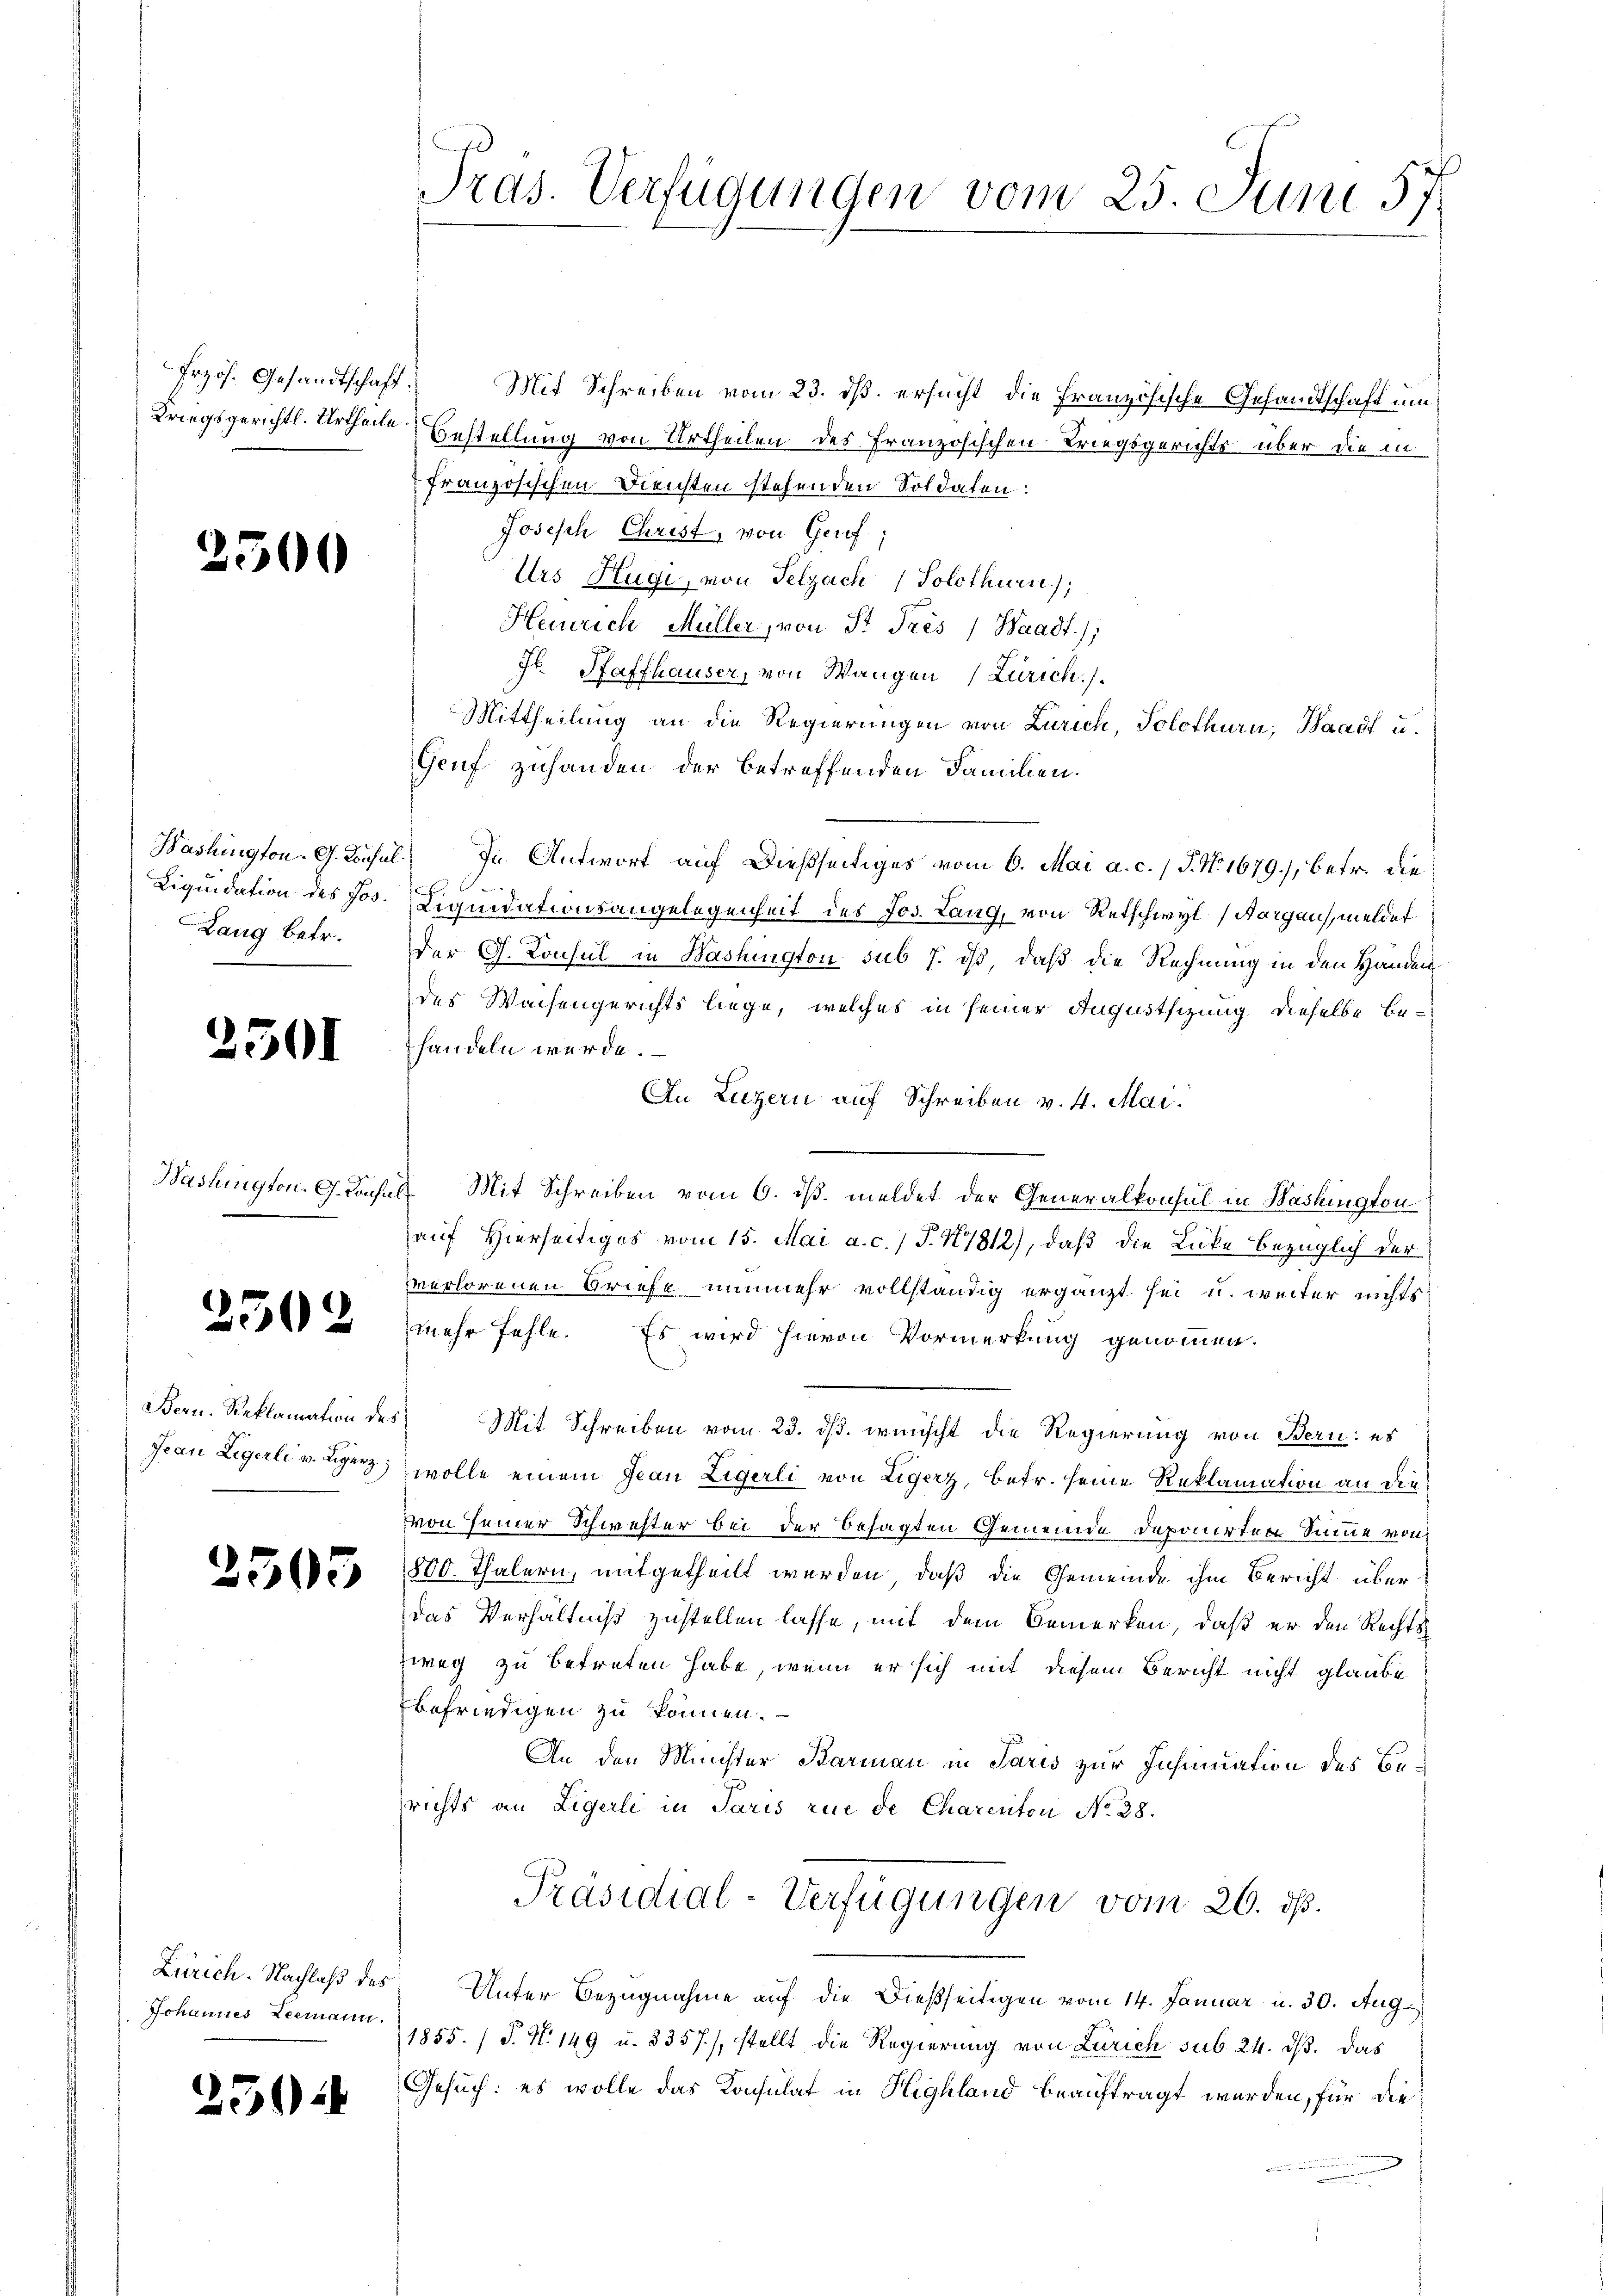
Frzös. Gesandtschaft:

2500

Lang betr.

2501

Johannes Leemann.

2504

Mit Schreiben vom 23. dß ersucht die Französische Gesamtschaft um
Kriegsgerichtl. Urtheile Bestellung von Urtheilen des Französischen Kriegsgerichts über die in
französischen Diensten stehenden Soldaten:
Joseph Christ, von Geref
Urs Hugi, von Selzach (Solothurn);
Heinrich Müller, von St. Prés / Waadt);
J. Pfaffhauser, von Wangen (Zürich
Mittheilung an die Regierungen von Zürich, Solothurn, Waadt u.
Geuf zuhanden der betreffenden Familien.
Washington. G. Rochel. In Antwort auf dießseitiges vom 6. Mai a. c. / P. No. 1679.), betr. die
Liquidation des Jos. Liquidationsangelegenheit des Jos. Lang, von Retschwyl (Aargau, meldet
a
der G. Konsul in Washington sub 7. ds, daß die Rechnung in den Handen
des Waisengerichts liege, welches in seiner Augustsizung dieselbe behandeln werde.
An Luzern auf Schreiben v. 4. Mai.
Washington. G. Konsuls Mit Schreiben vom 6. ds. meldet der Generalkonsul in Washington
auf Hierseitiges vom 15. Mai a. c. J. 17812), daß die Lücke bezüglich der
verlorenen Briefe nunmehr vollständig ergänzt sei u. weiter nichts
2 mehr fehle. Es wird hievon Vormerkung genommen.
Bern. Reklamation des Mit Schreiben vom 23. ds. wünscht die Regierung von Bern: es
Jean Ligerli v. Herz wolle einem Jean Zigerli von Ligerz, betr. seine Reklamation an die
von seiner Schwester bei der besagten Gemeinde deponirten Summe von
Dose 800 Thalern, mitgetheilt werden, daß die Gemeinde ihm Bericht überdas Verhältniß zustellen lasse, mit dem Bemerken, daß er den Rechtszweg zu betreten habe, wenn er sich mit diesem Bericht nicht glaube
befriedigen zu können.
An den Minister Barman in Paris zur Insinuation des Berichts an Ligerli in Paris rue de Charenton No 28.
Präsidial-Verfügungen vom 26. ds.
Zürich-Nachlaß des Unter Bezugnahme auf die Dießseitigen vom 14. Januar u. 30. Aug.
1855. (T. N. 149 u. 8357), stellt die Regierung von Zürich sub 24. ds. das
Gesuch: es wolle das Konsulat in Highland beauftragt werden, für die

Pras. Verfügungen vom 25. Juni 57